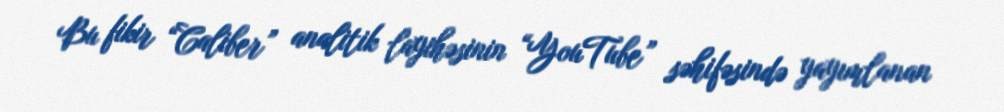
Bu fikir “Caliber” analitik layihəsinin “YouTube” səhifəsində yayımlanan